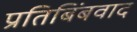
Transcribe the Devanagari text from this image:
प्रतिबिंबवाद